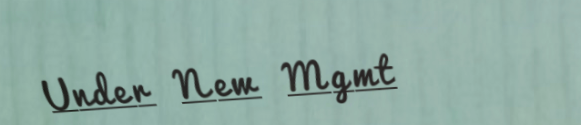
Under New Mgmt